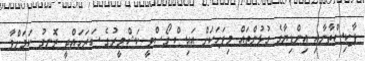
ޕާކިސްތާނާއި އިންޑިޔާގެ ގުޅުންތައް މިފަހަކަށް އައިސް ގޯސްވީ ކަޝްމީރުގެ ސަރަހައްދީ ރޮނގު ކަމަށްވާ